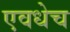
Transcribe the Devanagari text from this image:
एवधेच